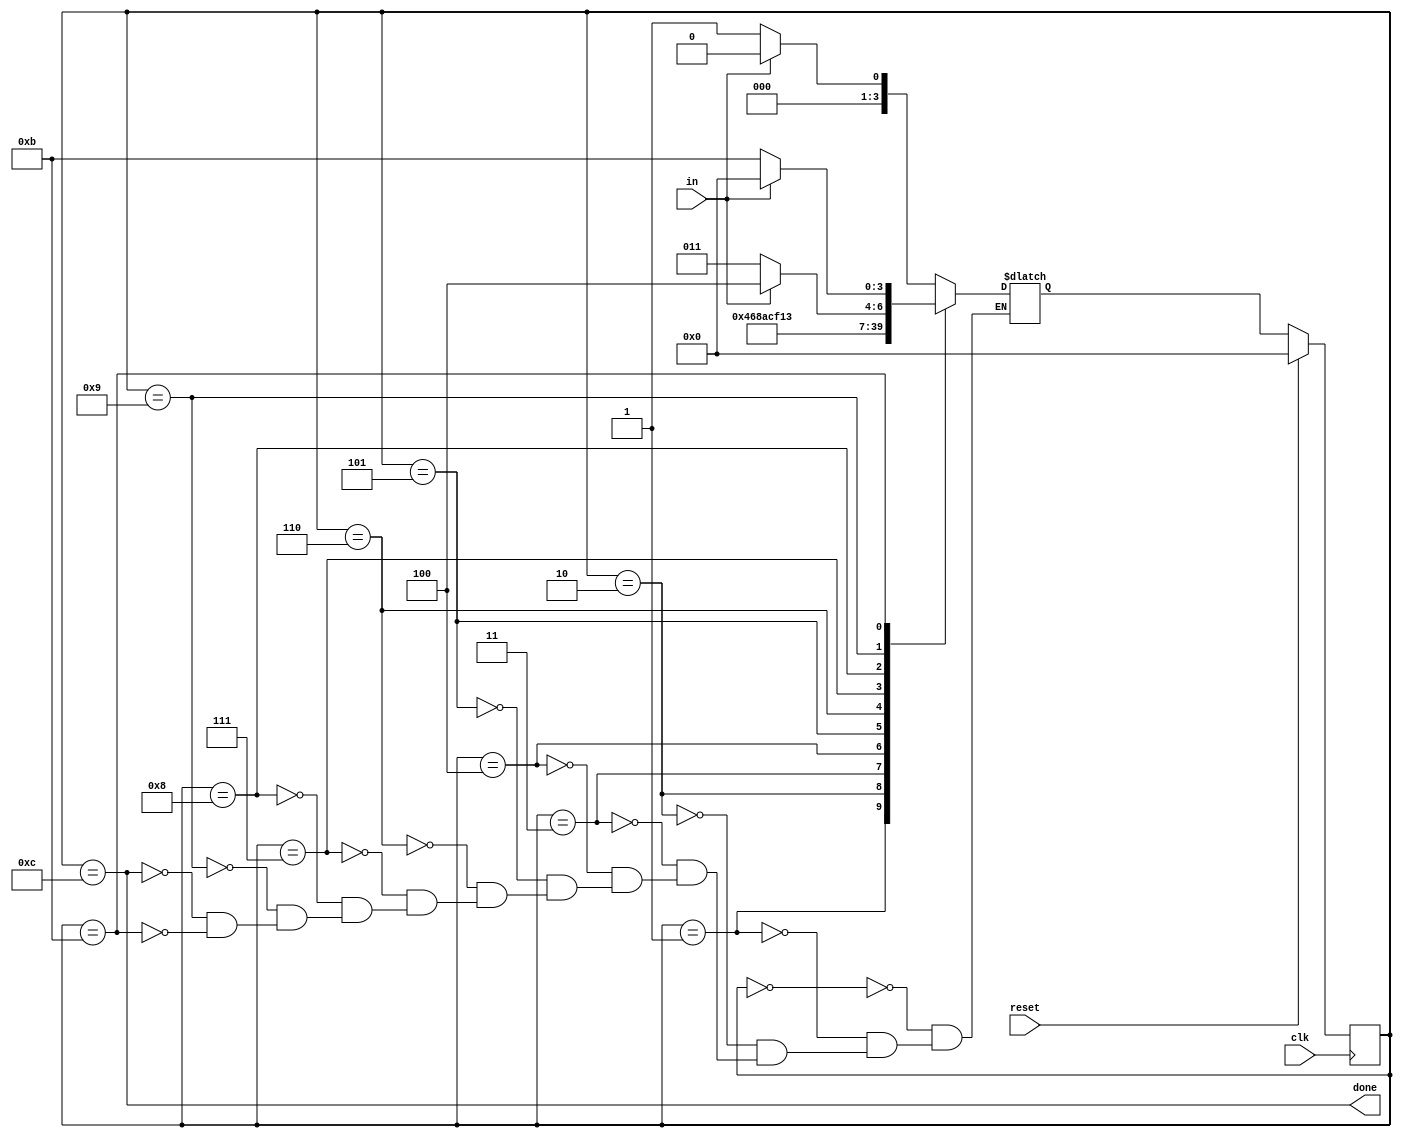
module top_module(
    input clk,
    input in,
    input reset,    // Synchronous reset
    output done
); 
    parameter IDLE = 0;
    parameter S0 = 1;
    parameter S1 = 2;
    parameter S2 = 3;
    parameter S3 = 4;
    parameter S4 = 5;
    parameter S5 = 6;
    parameter S6 = 7;
    parameter S7 = 8;
    parameter STOP = 9;
    parameter ERROR = 11;
    parameter DONE = 12; 

    reg [3:0] state, next_state;

    always @(posedge clk) begin
        if(reset) begin
            state <= IDLE;
        end else begin
            state <= next_state;
        end
    end

    always @(*) begin
        case(state)
            IDLE: next_state = in?IDLE:S0;
            S0: next_state = S1;
            S1: next_state = S2;
            S2: next_state = S3;
            S3: next_state = S4;
            S4: next_state = S5;
            S5: next_state = S6;
            S6: next_state = S7;
            S7: next_state = STOP;
            STOP: next_state = in?DONE:ERROR;
            DONE: next_state = in?IDLE:S0;
            ERROR: next_state = in?IDLE:ERROR;
        endcase
    end
    assign done = (state == DONE);

endmodule